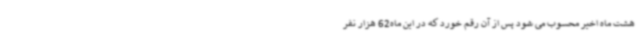
هشت ماه اخیر محسوب می شود پس از آن رقم خورد که در این ماه62 هزار نفر